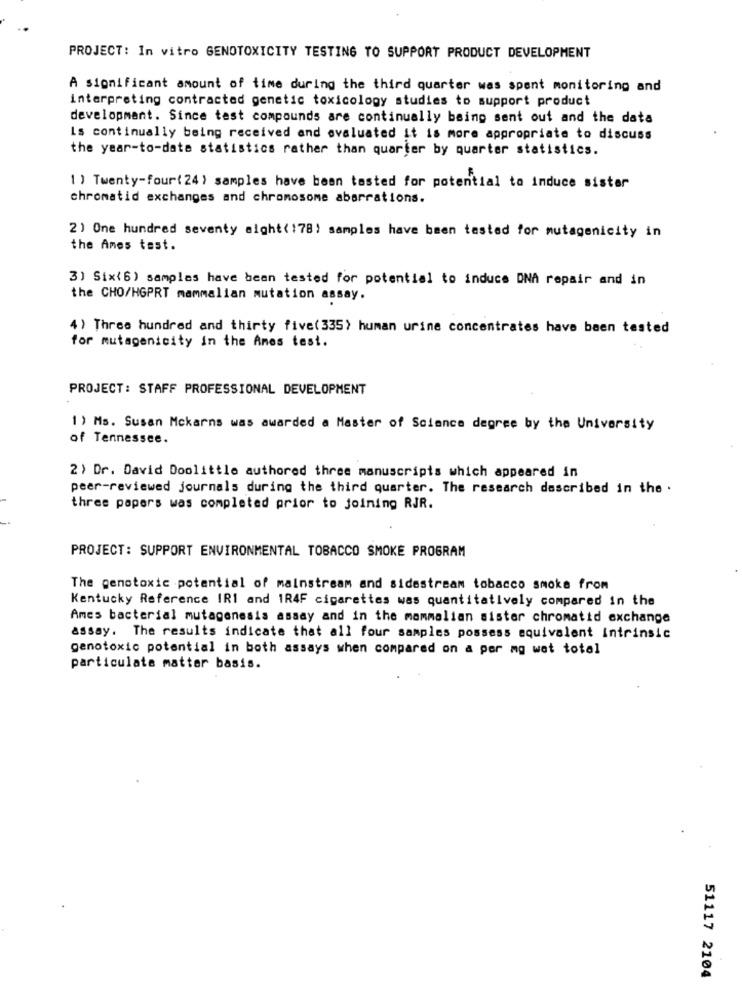
PROJECT: In vitro GENOTOXICITY TESTING TO SUPPORT PRODUCT DEVELOPMENT
A significant amount of time during the third quarter was spent monitoring and
interpreting contracted genetic toxicology studies to support product
development. Since test compounds are continually being sent out and the data
Ls continually being received and evaluated it is more appropriate to discuss
the year-to-date statistics rather than quarter by quarter statistics.
1 ) Twenty-four(24) samples have been tested for potential to induce sister
chromatid exchanges and chromosome aberrations.
2) One hundred seventy aight(178) samples have been tested for mutagenicity in
the Ames test.
3) Six(6) samples have been tested for potential to induce DNA repair and in
the CHO/HGPRT mammalian mutation assay.
4) Three hundred and thirty five(335) human urine concentrates have been tested
for mutagenicity in the Ames test.
PROJECT: STAFF PROFESSIONAL DEVELOPMENT
1) Ms. Susan Mckarns was awarded a Master of Science degree by the University
of Tennessee.
2 ) Dr. David Doolittle authored three manuscripts which appeared in
peer-reviewed journals during the third quarter. The research described in the .
three papers was completed prior to joining RJR.
PROJECT: SUPPORT ENVIRONMENTAL TOBACCO SMOKE PROGRAM
The genotoxic potential of mainstream and sidestream tobacco smoke from
Kentucky Reference IR1 and 1R4F cigarettes was quantitatively compared in the
Ames bacterial mutagenesis assay and in the mammalian sister chromatid exchange
assay. The results indicate that all four samples possess equivalent intrinsic
genotoxic potential in both assays when compared on a per mg wet total
particulate matter basis.
51117 2104